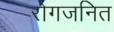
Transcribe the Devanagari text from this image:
रोगजनित